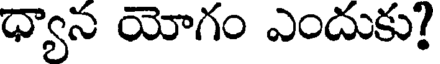
ధ్యాన యోగం ఎందుకు?